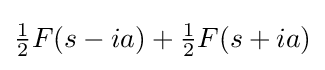
{\tfrac {1}{2}}F(s-ia)+{\tfrac {1}{2}}F(s+ia)